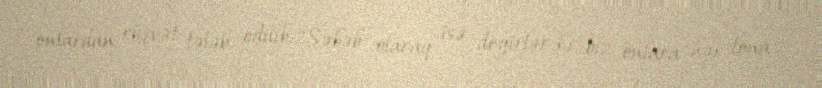
onlardan rüşvət tələb edilib: “Səbəb olaraq isə deyirlər ki, biz onlara hər tona